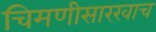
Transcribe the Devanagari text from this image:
चिमणीसारखाच